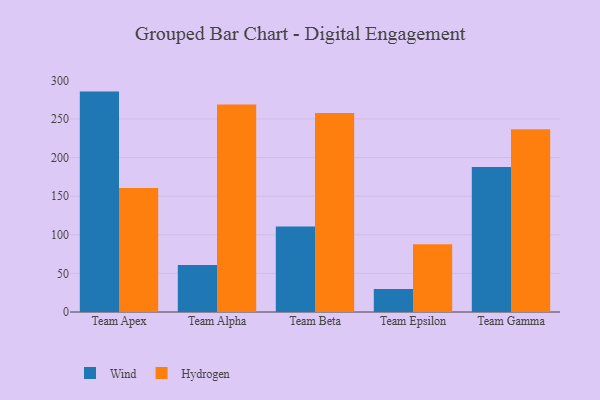
{"axis": {"x": "Team", "y": "Net Income (USD K)"}, "legend": ["Hydrogen", "Wind"], "data": [{"x": "Team Apex", "y": 285.4, "type": "Wind"}, {"x": "Team Apex", "y": 160.7, "type": "Hydrogen"}, {"x": "Team Alpha", "y": 61.0, "type": "Wind"}, {"x": "Team Alpha", "y": 268.8, "type": "Hydrogen"}, {"x": "Team Beta", "y": 110.8, "type": "Wind"}, {"x": "Team Beta", "y": 257.8, "type": "Hydrogen"}, {"x": "Team Epsilon", "y": 29.9, "type": "Wind"}, {"x": "Team Epsilon", "y": 87.8, "type": "Hydrogen"}, {"x": "Team Gamma", "y": 187.9, "type": "Wind"}, {"x": "Team Gamma", "y": 236.6, "type": "Hydrogen"}]}